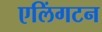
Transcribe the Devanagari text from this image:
एलिंगटन